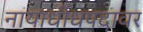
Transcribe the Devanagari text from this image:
नायाधीधपदावर